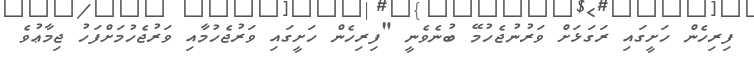
ފިރިހެން ހަށީގައި ރަގަޅަށް ވަރުނުޖެހުމޭ ބުނެވެނީ "ފިރިހެން ހަށީގައި ވަރުޖެހުމާއި ވަރުޖެހުމަށްފަހު ޖިމާޢުވެ